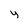
Character: y